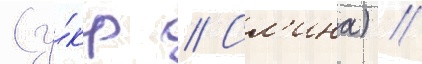
(у́кр // Сл'ина) //